Civil Veterinary Dept. Bombay admin report 1932-41 - 1932-1941
Year: 1932
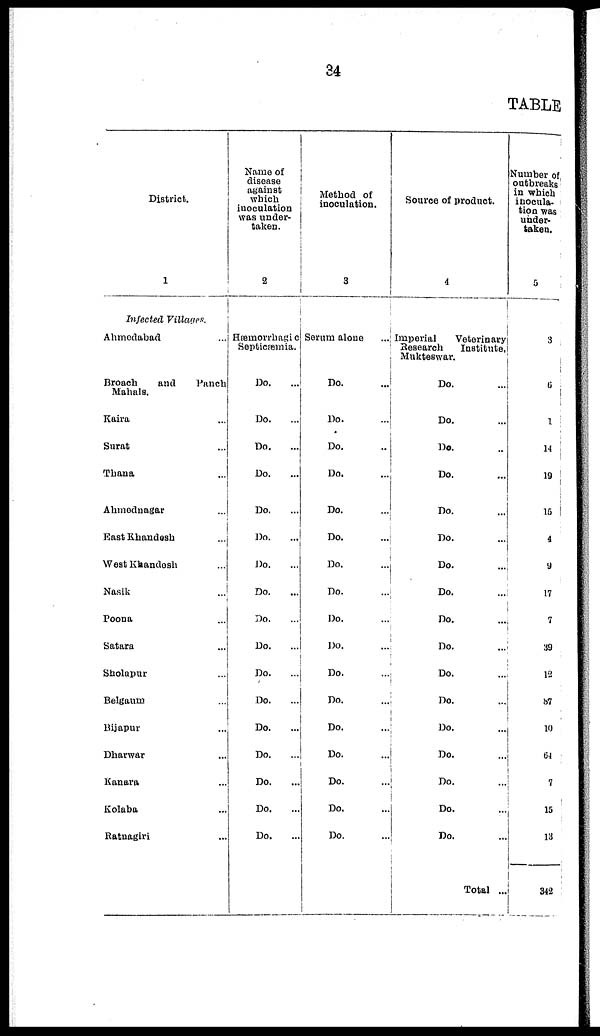
34
TABLE
District.
1
Infected Villages.
Ahmedabad ...
Broach
and
Panch
Mahals.
Kaira ...
Surat ...
Thana ...
Ahmednagar ...
East Khandesh ...
West Khandesh ...
Nasik ...
Poona ...
Satara ...
Sholapur ...
Belgaum ...
Bijapur ...
Dharwar ...
Kanara ...
Kolaba ...
Ratnagiri ...
Name of
disease
against
which
inoculation
was under-
taken.
2
Hæmorrhagic
Septicæmia.
Do. ...
Do. ...
Do. ...
Do. ...
Do. ...
Do. ...
Do. ...
Do. ...
Do. ...
Do. ...
Do. ...
Do. ...
Do. ...
Do. ...
Do. ...
Do. ...
Do. ...
Method of
inoculation.
3
Serum alone ...
Do. ...
Do. ...
Do. ...
Do. ...
Do. ...
Do. ...
Do. ...
Do. ...
Do. ...
Do. ...
Do. ...
Do. ...
Do.
...
Do. ...
Do. ...
Do. ...
Do. ...
Source of product.
4
Imperial
Veterinary
Research
Institute,
Mukteswar.
Do. ...
Do. ...
Do. ...
Do. ...
Do. ...
Do. ...
Do. ...
Do. ...
Do. ...
Do. ...
Do. ...
Do. ...
Do. ...
Do. ...
Do. ...
Do. ...
Do. ...
Total ...
Number of
outbreaks
in which
inocula-
tion was
under-
taken.
5
3
6
1
14
19
15
4
9
17
7
39
12
87
10
64
7
15
13
342